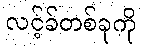
လင့်ခ်တစ်ခုကို